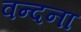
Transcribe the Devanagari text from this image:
वन्‍दना